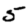
Digit: 5